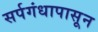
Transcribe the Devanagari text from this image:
सर्पगंधापासून